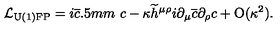
{ \cal L } _ { \mathrm { { U ( 1 ) F P } } } = i \overline { { c } } \raisebox { - 0 . 5 m m } { } c - \kappa \widetilde { h } ^ { \mu \rho } i \partial _ { \mu } \overline { { c } } \partial _ { \rho } c + \mathrm { O } ( \kappa ^ { 2 } ) .